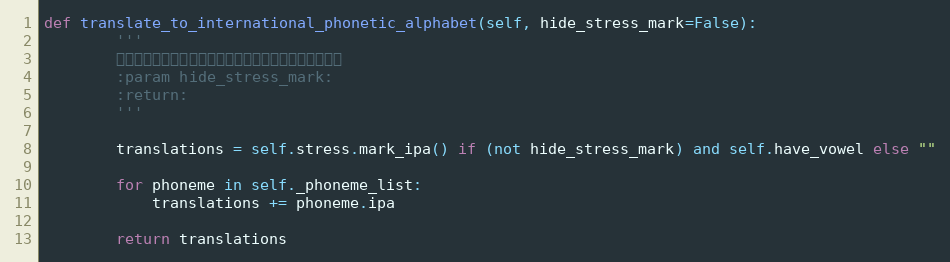
Language: Python
def translate_to_international_phonetic_alphabet(self, hide_stress_mark=False):
        '''
        转换成国际音标。只要一个元音的时候需要隐藏重音标识
        :param hide_stress_mark:
        :return:
        '''

        translations = self.stress.mark_ipa() if (not hide_stress_mark) and self.have_vowel else ""

        for phoneme in self._phoneme_list:
            translations += phoneme.ipa

        return translations